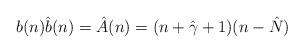
LaTeX: \begin{gather*}b(n) \hat{b}(n) ={\hat{A}}(n) = (n+\hat{\gamma}+1)(n-\hat{N})\end{gather*}